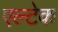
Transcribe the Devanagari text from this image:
एल्टेक